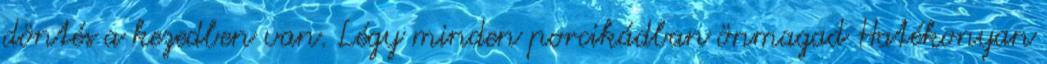
döntés a kezedben van. Légy minden porcikádban önmagad Hatékonyan